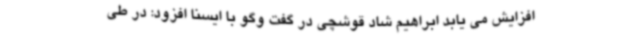
افزایش می یابد ابراهیم شاد قوشچی در گفت وگو با ایسنا افزود: در طی